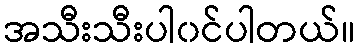
အသီးသီးပါ၀င်ပါတယ်။